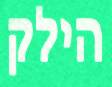
הילק